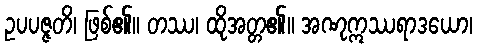
ဥပပဇ္ဇတိ၊ ဖြစ်၏။ တဿ၊ ထိုအတ္တ၏။ အဏုဣဿရာဒယော၊